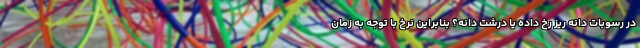
در رسوبات دانه ریز رخ داده یا درشت دانه؟ بنابراین نرخ با توجه به زمان